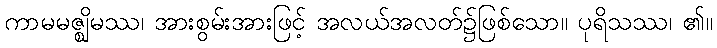
ကာမမဇ္ဈိမဿ၊ အားစွမ်းအားဖြင့် အလယ်အလတ်၌ဖြစ်သော။ ပုရိသဿ၊ ၏။